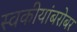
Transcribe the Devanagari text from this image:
स्वकीयांबरोबर